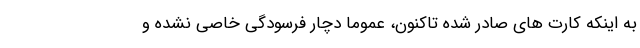
به اینکه کارت های صادر شده تاکنون، عموماً دچار فرسودگی خاصی نشده و